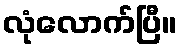
လုံလောက်ပြီ။